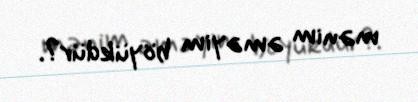
mənim əməyim böyükdür?.